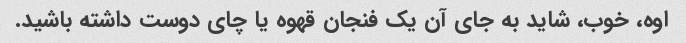
اوه، خوب، شاید به جای آن یک فنجان قهوه یا چای دوست داشته باشید.